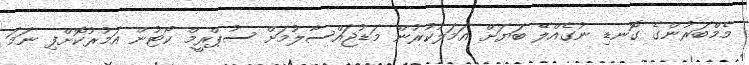
މެމްބަރުންގެ ގޮނޑި ނުގެއްލޭ ބަޔަށް އަމަލުކުރުން މަޑުޖައްސާލުމަށް ސުޕްރީމް ކޯޓުން އަމުރުކޮށްފި ނަމަ